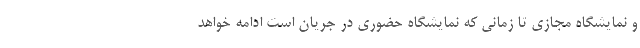
و نمایشگاه مجازی تا زمانی که نمایشگاه حضوری در جریان است ادامه خواهد